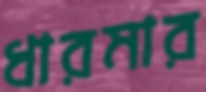
ধারমার